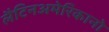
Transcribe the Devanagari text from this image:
लैटिनअमेरिकानो